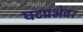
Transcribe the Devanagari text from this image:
घटप्रभेवर